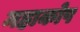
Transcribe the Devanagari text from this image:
महाकोष